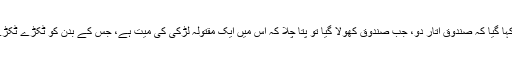
اُس باربردار کو کہا گیا کہ صندوق اتار دو، جب صندوق کھولا گیا تو پتا چلا کہ اُس میں ایک مقتولہ لڑکی کی میّت ہے، جس کے بدن کو ٹکڑے ٹکڑے کر دیا گیا ہے۔